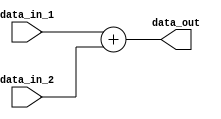
module adder_32bits(

//input
input  wire [31:0]						data_in_1,
input  wire [31:0]						data_in_2,
//output
output wire [31:0]						data_out


);


assign data_out = data_in_1 + data_in_2; //this adder don't have carry_logic


endmodule